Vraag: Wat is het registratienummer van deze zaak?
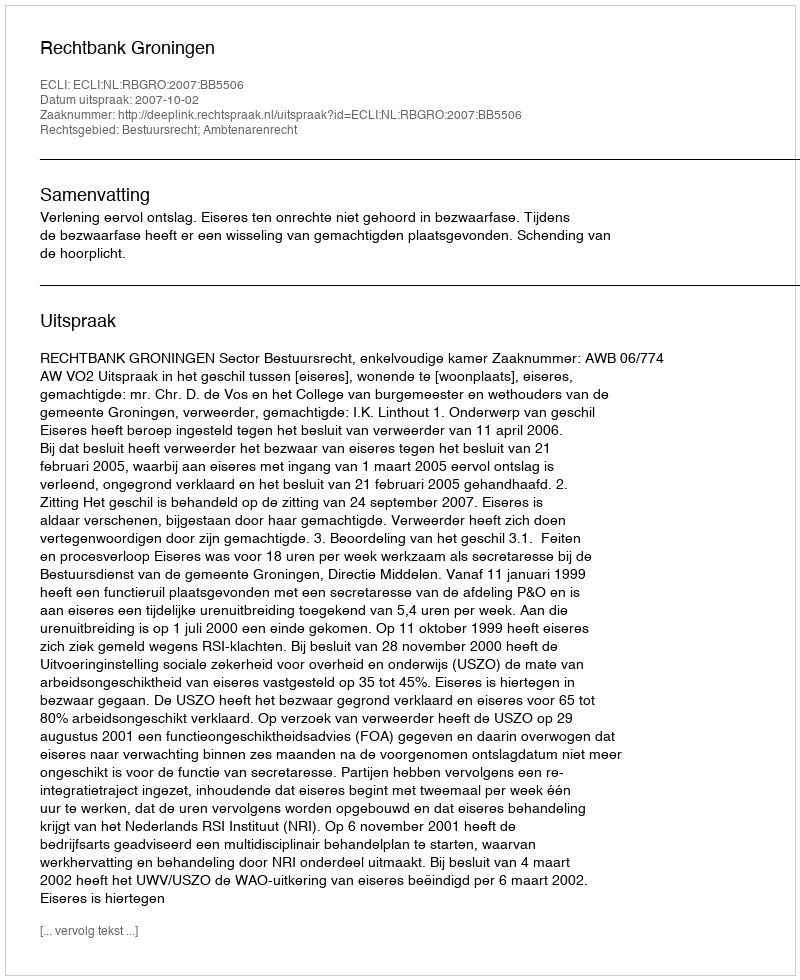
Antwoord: http://deeplink.rechtspraak.nl/uitspraak?id=ECLI:NL:RBGRO:2007:BB5506